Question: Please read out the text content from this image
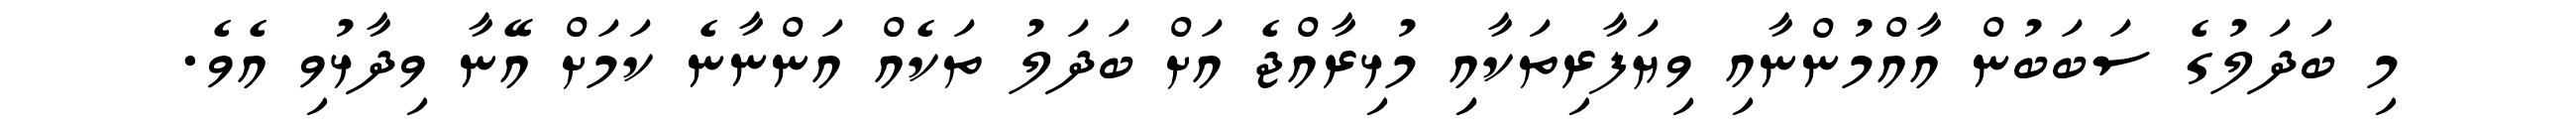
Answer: މި ބަދަލުގެ ސަބަބުން އާއްމުންނާއި ވިޔަފާރިތަކާއިި މުޅިރާއްޖެ އަށް ބަދަލު ތަކެއް އަންނާނެ ކަމަށް އޭނާ ވިދާޅުވި އެވެ.